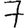
Digit: 7